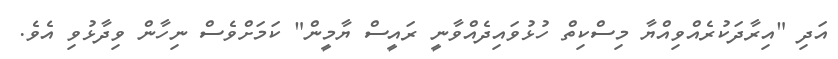
އަދި "އިރާދަކުރެއްވިއްޔާ މިސްކިތް ހުޅުވައިދެއްވާނީ ރައީސް ޔާމީން" ކަމަށްވެސް ނިހާން ވިދާޅުވި އެވެ.